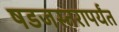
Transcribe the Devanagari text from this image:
षडजस्तरापर्यंत